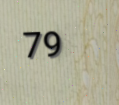
79